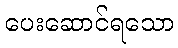
ပေးဆောင်ရသော